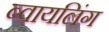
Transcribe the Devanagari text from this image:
ब्वायलिंग